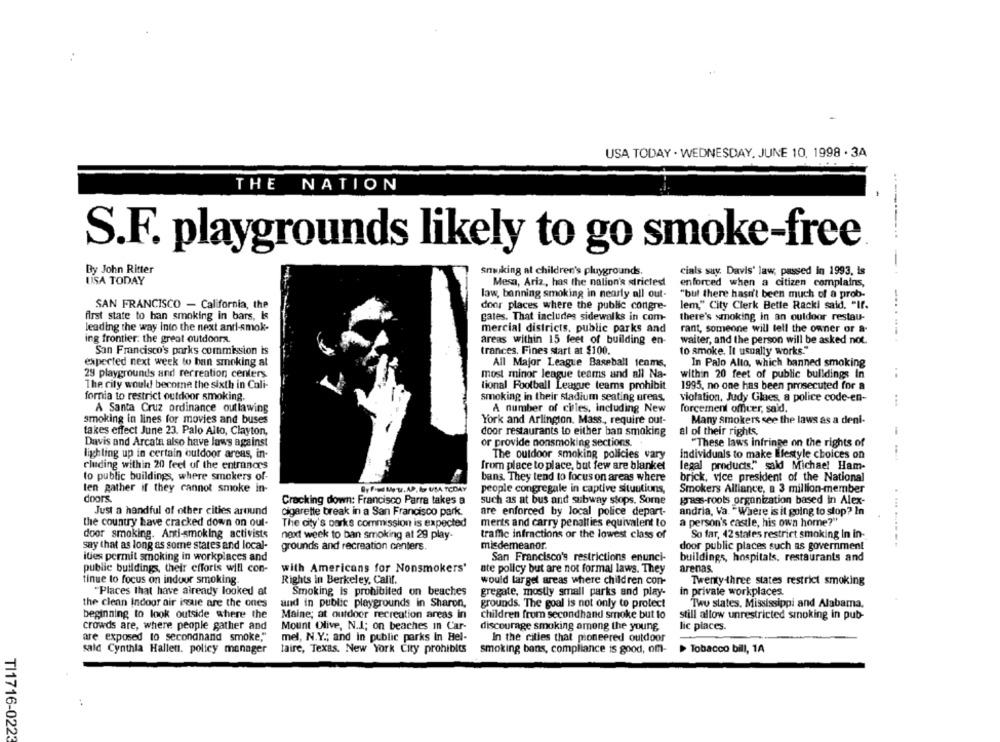
USA TODAY - WEDNESDAY, JUNE 10, 1998 . 3A
THE NATION
-----
...
S.F. playgrounds likely to go smoke-free
-
By John Ritter
smuking at children's pluygrounds.
cials say. Davis' law, passed in 1993, is
USA TODAY
Mesa, Ariz, has the nation's strictest
enforced when a citizen complains,
law, banning smoking in nearly all out-
"but there hasn't been much of a prob-
SAN FRANCISCO - California, the
lem," City Clerk Bette Racki said. "If.
door places where the public congre-
first state to han smoking in bars, Is
gates. That includes sidewalks in com-
there's smoking in an outdoor restau-
leading the way Into the next and-smok-
mercial districts, public parks and
rant, someone will tell the owner or a-
ing frontier. the great outdoorx.
areas within 15 feet of building en-
waiter, and the person will be asked not.
San Francisco's parks commission is
trances. Fines start at $100.
to smoke. It usually works."
expected next week to ban smoking at
All Major League Baseball teams,
In Palo Alto, which banned smoking
29 playgrounds and recreation centers
most minor league teams and all Na-
within 20 feet of public buildings In
The city would become the sixth in Cali-
tional Football League teams prohibit
1995, no one has been prosecuted for a
fornia to restrict outdoor smoking.
smoking in their stadium seating areas.
violation, Judy Glaes, a police code-en-
A Santa Cruz ordinance outlawing
A number of cinles, including New
forcement officer, said.
smoking in lines for movies and buses
York and Arlington. Mass ., require out-
Many smokers see the laws as a deni-
takes effect June 23. Palo Alto, Clayton,
al of their rights.
door restaurants to either ban smoking
Davis and Arcata also have laws against
or provide nonsmoking sections.
"These laws infringe on the rights of
lighting up in certain outdoor areas, in-
The outdoor smoking policies vary
individuals to make lifestyle choices on
cluding within 20 feet of the entrances
from place to place, but few are blanket
legal products," said Michael Ham-
to public buildings, where smokers of-
bans. They tend to focus on areas where
brick, vice president of the National
len gather if they cannot smoke in-
By F Met, AP, & USA TODAY
people congregale in captive situutiuns,
Smokers Alliance, a 3 million-member
doors
Cracking down: Francisco Parra takes a
such as at bus and subway stops. Some
grass-roots organization based in Alex-
Just a handful of other cities around
cigarette break in a San Francisco park.
are enforced by local police depart-
andria, Va. "Where is it going to stop? In
the country have cracked down on out-
The city's parks commission is expected
ments and carry penalties equivalent to
a person's castle, his own home?"
door smoking. Anti-smoking activists
next week to ban smoking at 29 play-
traffic infractions or the lowest class of
So far, 42 states restrict smoking In in-
say that as long as some states and local-
grounds and recreation centers.
misdemeanor.
door public places such as government
ities permit smoking in workplaces and
San Francisco's restrictions enunci-
buildings, hospitals, restaurants and
public buildings, their efforts will con-
with Americans for Nonsmokers'
ate policy but are not formal laws. They
arenas.
tinue to focus on indour smoking.
Rights in Berkeley, Calif.
would target areas where children con-
Twentythree states restrict smoking
"Places that have already looked at
Smoking is prohibited on beaches
gregate, mostly small parks and play-
in private workplaces.
the clean Indoor air issue are the ones
and in public playgrounds in Sharon,
grounds. The goal is not only to protect
Two states, Mississippi and Alabama.
beginning to look outside where the
Maine; at outdoor recreation areas in
children from secondhand smoke but to
still allow unrestricted smoking in pub-
crowds are, where people gather and
Mount Olive, N.J; on beaches In Car-
discourage smoking among the young,
lic places.
are exposed to secondhand smoke,"
mel, N.Y .; and in public parks In Hel-
In the cities that pioneered outdoor
said Cynthia Hallen. policy manager
laire, Texas. New York City prohibits
smoking bans, compliance is good, om-
> Tobacco bill, 1A
TI1716-0223